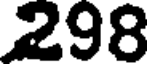
298